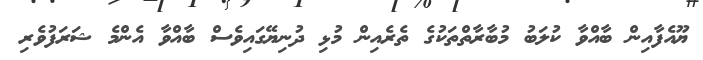
ޔޫއެފާއިން ބާއްވާ ކުލަބު މުބާރާތްތަކުގެ ތެރެއިން މުޅި ދުނިޔޭގައިވެސް ބާއްވާ އެންމެ ޝަރަފުވެރި